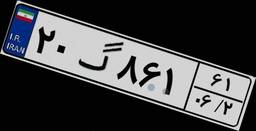
۴۳گ۰۵۱۳۵